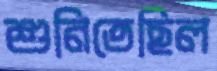
শুনিতেছিল